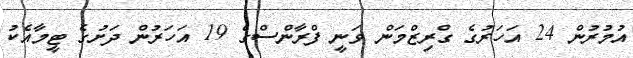
އުމުރުން 24 އަހަރުގެ ގްރިޒްމަން ވަނީ ފްރާންސްގެ 19 އަހަރުން ދަށުގެ ޓީމާއެކު